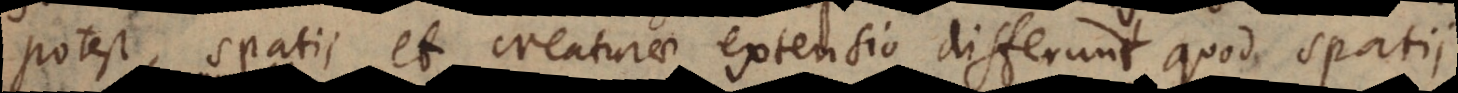
potest, spatii et creaturae extensio differunt quod spatii